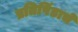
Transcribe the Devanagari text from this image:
प्रतिपिंडाचे